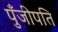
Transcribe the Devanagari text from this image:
पुँजीपति